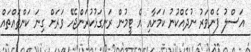
އަސްލު ފެންވަރު ނުދެއްކުނު ކަމަށާއި އެ ޓީމުން ރަނގަޅުކުރަންޖެހޭ ވަރަށް ގިނަ ކަންތައްތައް